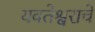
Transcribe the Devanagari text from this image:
यवतेश्वराचे